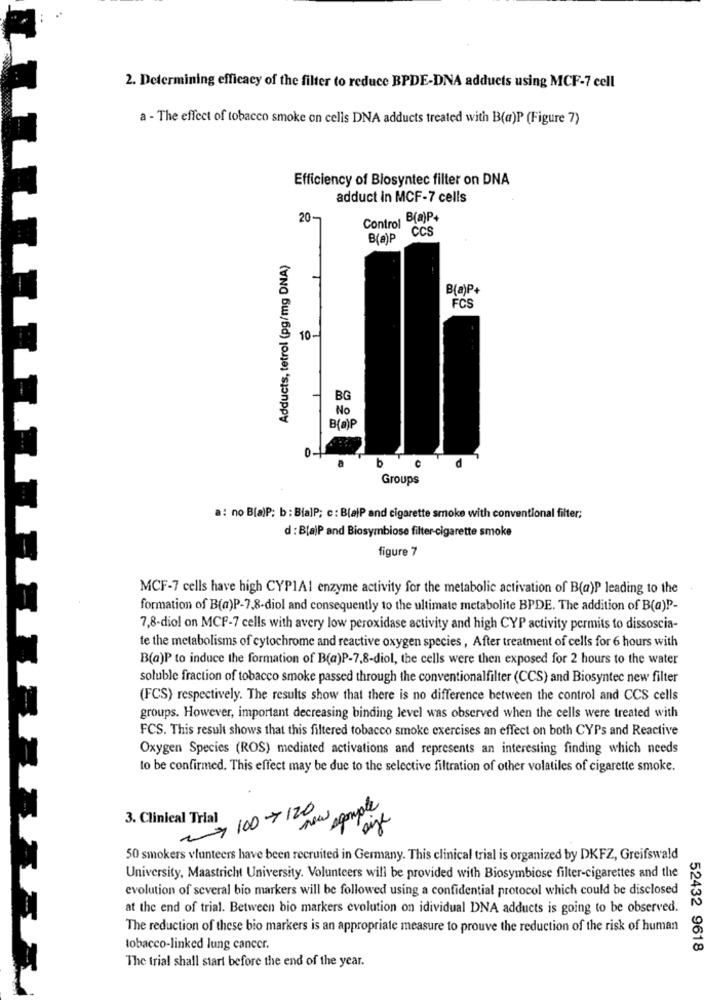
2. Determining efficacy of the filter to reduce BPDE-DNA adduets using MCF-7 cell
a - The effect of tobacco smoke on celis DNA adducts treated with B(a)P (Figure 7)
Efficiency of Blosyntec filter on DNA
adduct in MCF-7 cells
20-
Control B(a)P+
CCS
B(a)P
Adducts, tetrol (pg/mg DNA)
B(a)P.
FCS
10-
BG
No
B(a)P
0.
a
b
C
d
Groups
a: no B[a)P: b : Bla]P; c : BlaiP and cigarette smoke with conventional filter;
d : B(a)P and Biosymbiose filter-cigarette smoke
figure 7
MCF-7 cells have high CYP1Al enzyme activity for the metabolic activation of B(a)P leading to the
formation of B(a)P-7,8-diol and consequently to the ultimate metabolite BPDE. The addition of B(a)P-
7,8-diol on MCF-7 cells with avery low peroxidase activity and high CYP activity permits to dissoscia-
te the metabolisms of cytochrome and reactive oxygen species , After treatment of cells for 6 hours with
B(a)P to induce the formation of B(a)P-7,8-diol, the cells were then exposed for 2 hours to the water
soluble fraction of tobacco smoke passed through the conventionalfilter (CCS) and Biosyntec new filter
(FCS) respectively. The results show that there is no difference between the control and CCS cells
groups. However, important decreasing binding level was observed when the cells were treated with
FCS. This result shows that this filtered tobacco smoke exercises an effect on both CYPs and Reactive
Oxygen Species (ROS) mediated activations and represents an interesting finding which needs
to be confirmed. This effect may be due to the selective filtration of other volatiles of cigarette smoke.
3. Clinical Trial
100-+ 12 how op Digt
50 smokers vlunteers have been recruited in Germany. This clinical trial is organized by DKFZ, Greifswald
University, Maastricht University. Volunteers will be provided with Biosymbiose filter-cigarettes and the
evolution of several bio markers will be followed using a confidential protocol which could be disclosed
at the end of trial. Between bio markers evolution on idividual DNA adducts is going to be observed.
52432
The reduction of these bio markers is an appropriate measure to prouve the reduction of the risk of human
tobacco-linked lung cancer.
9618
The trial shall start before the end of the year.